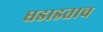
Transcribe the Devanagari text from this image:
धडाडताच